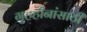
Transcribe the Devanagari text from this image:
गृहहीनांसाठी